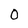
Character: O